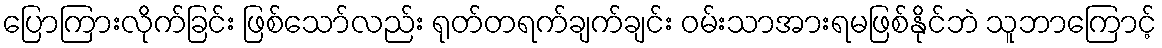
ပြောကြားလိုက်ခြင်း ဖြစ်သော်လည်း ရုတ်တရက်ချက်ချင်း ဝမ်းသာအားရမဖြစ်နိုင်ဘဲ သူဘာကြောင့်